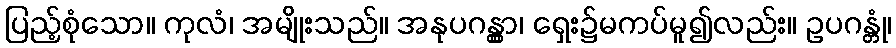
ပြည့်စုံသော။ ကုလံ၊ အမျိုးသည်။ အနုပဂန္တွာ၊ ရှေး၌မကပ်မူ၍လည်း။ ဥပဂန္တုံ၊